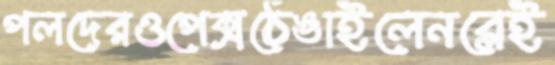
পলদেরওপেক্সঠেঙাইলেনব্লেই